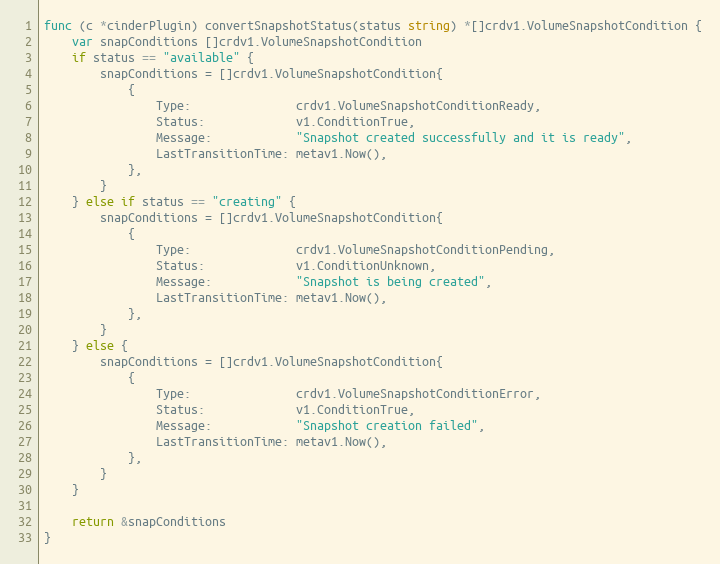
Language: Go
func (c *cinderPlugin) convertSnapshotStatus(status string) *[]crdv1.VolumeSnapshotCondition {
	var snapConditions []crdv1.VolumeSnapshotCondition
	if status == "available" {
		snapConditions = []crdv1.VolumeSnapshotCondition{
			{
				Type:               crdv1.VolumeSnapshotConditionReady,
				Status:             v1.ConditionTrue,
				Message:            "Snapshot created successfully and it is ready",
				LastTransitionTime: metav1.Now(),
			},
		}
	} else if status == "creating" {
		snapConditions = []crdv1.VolumeSnapshotCondition{
			{
				Type:               crdv1.VolumeSnapshotConditionPending,
				Status:             v1.ConditionUnknown,
				Message:            "Snapshot is being created",
				LastTransitionTime: metav1.Now(),
			},
		}
	} else {
		snapConditions = []crdv1.VolumeSnapshotCondition{
			{
				Type:               crdv1.VolumeSnapshotConditionError,
				Status:             v1.ConditionTrue,
				Message:            "Snapshot creation failed",
				LastTransitionTime: metav1.Now(),
			},
		}
	}

	return &snapConditions
}